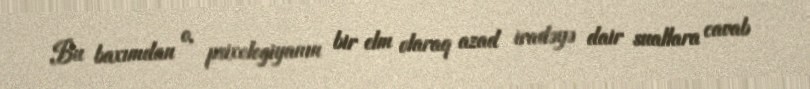
Bu baxımdan o, psixologiyanın bir elm olaraq azad iradəyə dair suallara cavab